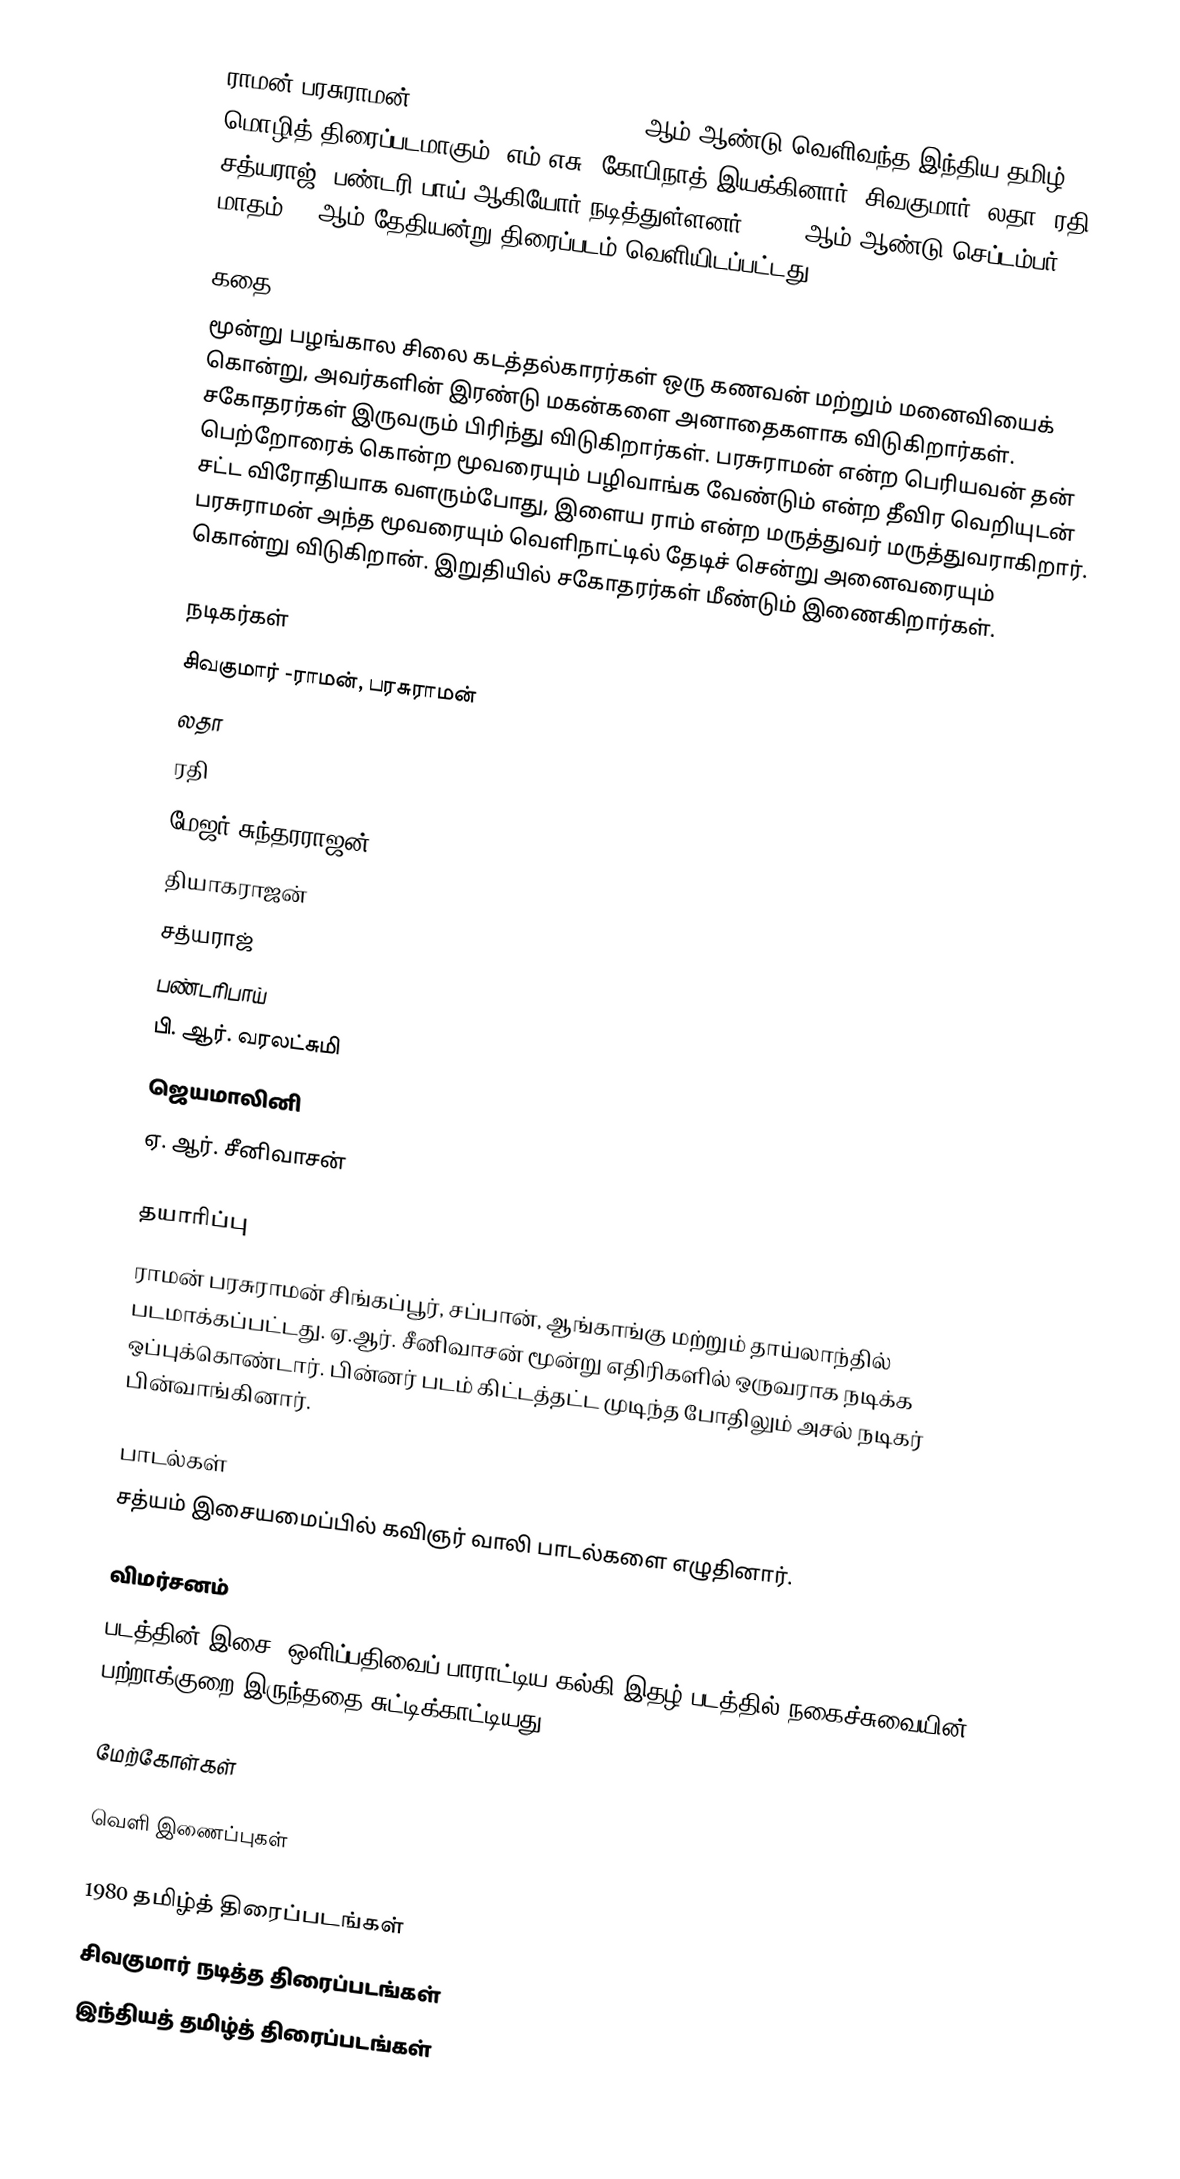
ராமன் பரசுராமன் (Raman Parasuraman)  1980 ஆம் ஆண்டு வெளிவந்த இந்திய தமிழ் மொழித் திரைப்படமாகும். எம்.எசு. கோபிநாத் இயக்கினார். சிவகுமார், லதா, ரதி, சத்யராஜ், பண்டரி பாய் ஆகியோர் நடித்துள்ளனர். 1980 ஆம் ஆண்டு செப்டம்பர் மாதம் 19 ஆம் தேதியன்று  திரைப்படம் வெளியிடப்பட்டது.

கதை
மூன்று பழங்கால சிலை கடத்தல்காரர்கள் ஒரு கணவன் மற்றும் மனைவியைக் கொன்று, அவர்களின் இரண்டு மகன்களை அனாதைகளாக விடுகிறார்கள். சகோதரர்கள் இருவரும் பிரிந்து விடுகிறார்கள். பரசுராமன் என்ற பெரியவன் தன் பெற்றோரைக் கொன்ற மூவரையும் பழிவாங்க வேண்டும் என்ற தீவிர வெறியுடன் சட்ட விரோதியாக வளரும்போது, இளைய ராம் என்ற மருத்துவர் மருத்துவராகிறார். பரசுராமன் அந்த மூவரையும் வெளிநாட்டில் தேடிச் சென்று அனைவரையும் கொன்று விடுகிறான். இறுதியில் சகோதரர்கள் மீண்டும் இணைகிறார்கள்.

நடிகர்கள்
சிவகுமார் -ராமன், பரசுராமன்
லதா
ரதி
மேஜர் சுந்தரராஜன்
தியாகராஜன்
சத்யராஜ்
பண்டரிபாய்
பி. ஆர். வரலட்சுமி
ஜெயமாலினி
ஏ. ஆர். சீனிவாசன்

தயாரிப்பு
ராமன் பரசுராமன் சிங்கப்பூர், சப்பான், ஆங்காங்கு மற்றும் தாய்லாந்தில் படமாக்கப்பட்டது. ஏ.ஆர். சீனிவாசன் மூன்று எதிரிகளில் ஒருவராக நடிக்க ஒப்புக்கொண்டார். பின்னர் படம் கிட்டத்தட்ட முடிந்த போதிலும் அசல் நடிகர் பின்வாங்கினார்.

பாடல்கள்
சத்யம் இசையமைப்பில் கவிஞர் வாலி பாடல்களை எழுதினார்.

விமர்சனம்
படத்தின் இசை, ஒளிப்பதிவைப் பாராட்டிய கல்கி இதழ் படத்தில் நகைச்சுவையின் பற்றாக்குறை இருந்ததை சுட்டிக்காட்டியது.

மேற்கோள்கள்

வெளி இணைப்புகள்

1980 தமிழ்த் திரைப்படங்கள்
சிவகுமார் நடித்த திரைப்படங்கள்
இந்தியத் தமிழ்த் திரைப்படங்கள்